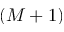
( M + 1 )